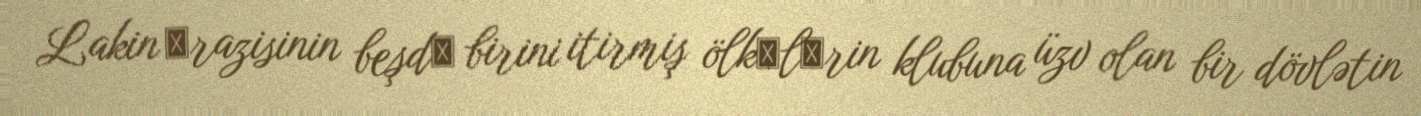
Lakin әrazisinin beşdә birini itirmiş ölkәlәrin klubuna üzv olan bir dövlətin